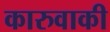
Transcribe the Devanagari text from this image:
कारुवाकी